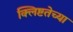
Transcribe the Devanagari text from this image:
क्लिष्टतेच्या